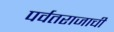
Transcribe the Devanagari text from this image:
पर्वतराजाची